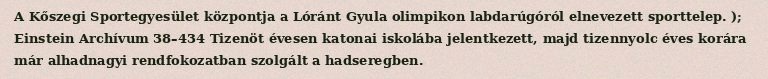
A Kőszegi Sportegyesület központja a Lóránt Gyula olimpikon labdarúgóról elnevezett sporttelep. ); Einstein Archívum 38–434 Tizenöt évesen katonai iskolába jelentkezett, majd tizennyolc éves korára már alhadnagyi rendfokozatban szolgált a hadseregben.